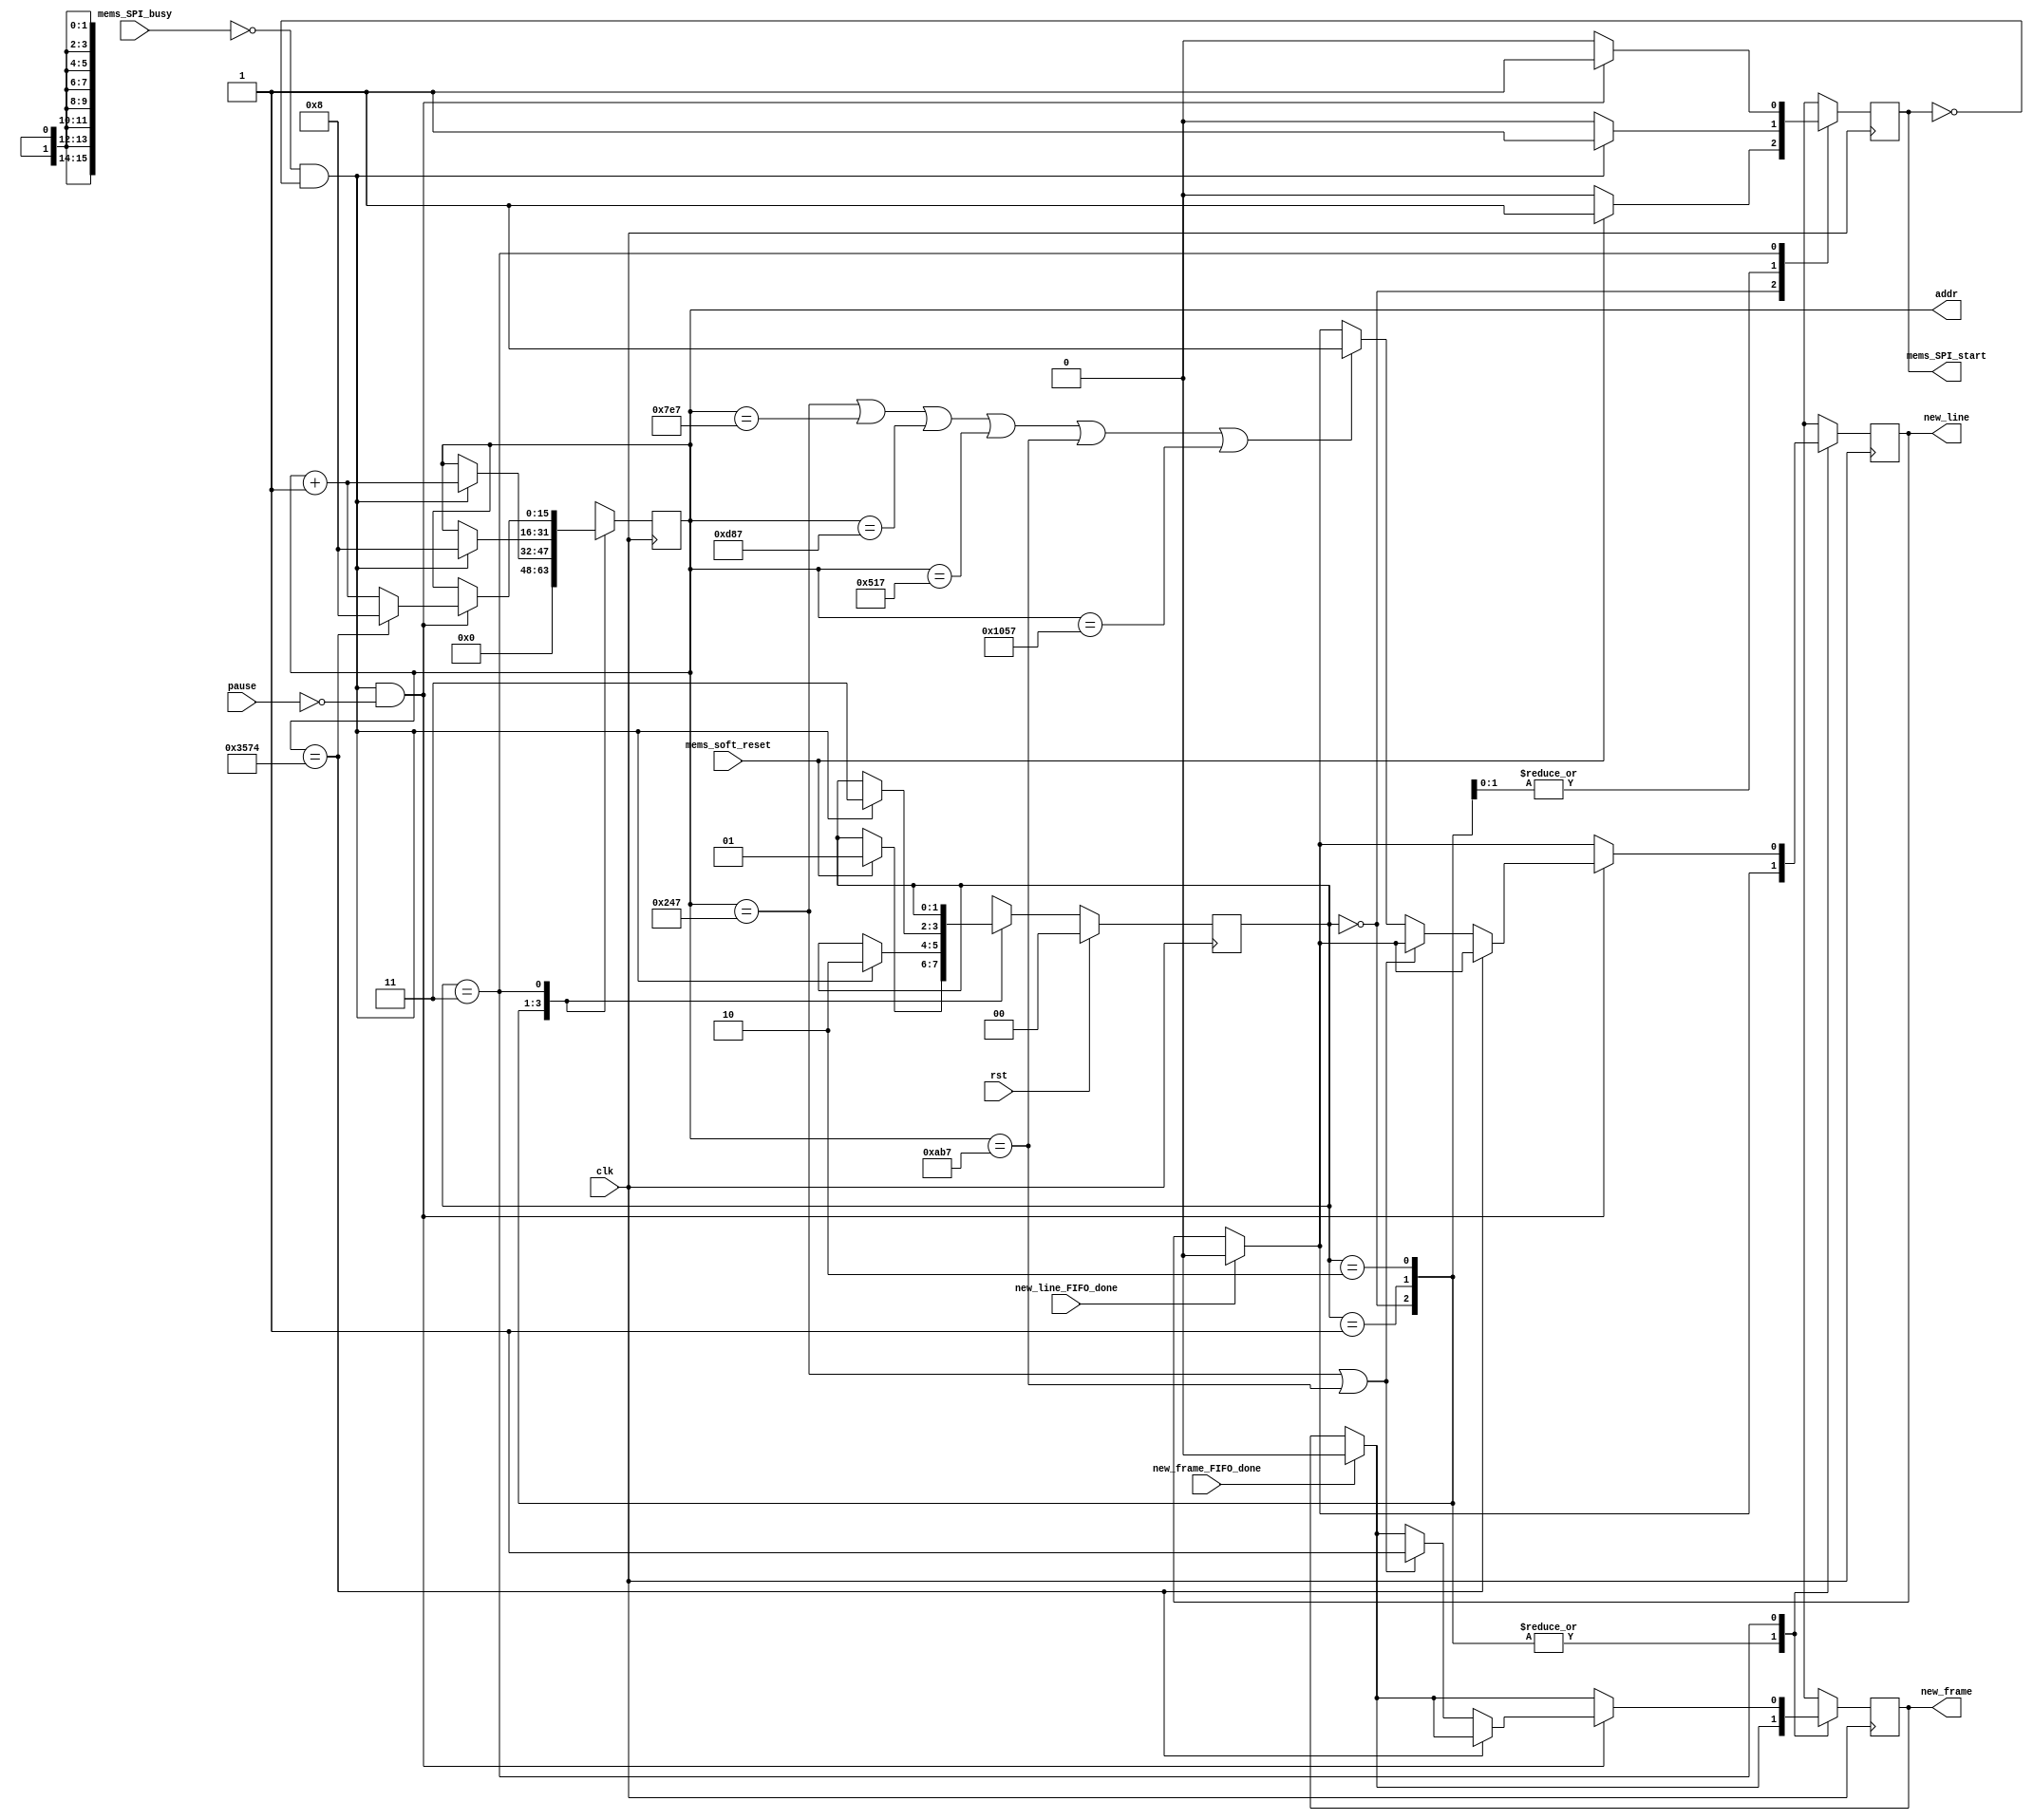
module mems_control_6 (
    // INPUT
    input clk,
    input rst,
    input pause,
    input mems_SPI_busy,
    input mems_soft_reset,
    input new_line_FIFO_done,
    input new_frame_FIFO_done,

    // OUTPUT
    output mems_SPI_start,
    output new_line,
    output new_frame,
    output [15:0] addr
  );
  
  reg new_line_d, new_line_q;//=1'b0;
  reg new_frame_d, new_frame_q;//=1'b0;
  
  assign mems_SPI_start=mems_SPI_start_q;

  assign new_line = new_line_q;
  assign new_frame = new_frame_q;

  assign addr = addr_q;
  
  localparam STATE_SIZE = 2;
  localparam IDLE = 2'd0,
    SOFTWARE_RESET = 2'd1,
    VREF_SETUP = 2'd2,
    SET_CHANNEL = 2'd3;
 
  reg [STATE_SIZE-1:0] state_d, state_q;
  reg [15:0] addr_d, addr_q;
  reg mems_SPI_start_d, mems_SPI_start_q; 
  reg play_d, play_q;
  wire rom_scan_is_done;




  always @(*) begin

    if (new_line_FIFO_done==1'b1) begin
      new_line_d=1'b0; // latch here is not fine (if at the same time 2 modules -> problem)
    end else begin
      new_line_d = new_line_q;
    end

    if (new_frame_FIFO_done==1'b1) begin
      new_frame_d=1'b0; // latch here is not fine
    end else begin
      new_frame_d = new_frame_q;
    end

    state_d = state_q; // default values
    addr_d = addr_q;   // needed to prevent latches
    play_d = play_q;

    case (state_q)
      IDLE: begin
        addr_d = 4'b0;
        mems_SPI_start_d=1'b0;
        if (mems_soft_reset==1'b1) begin
          state_d = SOFTWARE_RESET;
          mems_SPI_start_d=1'b1;
        end
      end // IDLE
      SOFTWARE_RESET: begin
        mems_SPI_start_d=1'b0;
        if (!mems_SPI_busy && mems_SPI_start_q == 1'b0) begin 
          addr_d=addr_q+1'b1;
          state_d = VREF_SETUP;
          mems_SPI_start_d = 1'b1;
        end
      end // SOFTWARE_RESET
      VREF_SETUP: begin // we hav problem with DAC, change its ref voltage from external to internal and vice versa -> have to send command for external one all time.
        mems_SPI_start_d=1'b0;
        if (!mems_SPI_busy && mems_SPI_start_q == 1'b0) begin 
          addr_d = 16'd8;//addr_q + 1'b1; // will be 2 in SET_CHANNEL
          state_d = SET_CHANNEL;
          mems_SPI_start_d = 1'b1;
        end
      end // VREF_SETUP
      SET_CHANNEL: begin
                play_d=1'b0;
                mems_SPI_start_d = 1'b0;

                if ((!mems_SPI_busy && mems_SPI_start_q == 1'b0) && pause==1'b0) begin 
                    mems_SPI_start_d = 1'b1;    

                    // begin from the beginning if end reached.         
                    if (addr_q==16'd13684) begin
                         addr_d = 16'd8;  
                    end else begin
                    
if (addr_q == 16'd583 || addr_q==16'd2743) begin


                            new_frame_d = 1'b1;
                        end else 



if (addr_q == 16'd583 || addr_q == 16'd2023 || addr_q == 16'd3463 || addr_q == 16'd1303 || addr_q == 16'd2743 || addr_q==16'd4183) begin


              new_line_d=1'b1;
                end 






                      addr_d = addr_q+1'b1;
                    end // if end is reached





                end // new data
      end // SET_CHANNEL

      default: state_d = IDLE;
    endcase
  end
 



  always @(posedge clk) begin
    if (rst) begin
      state_q <= IDLE;
    end else begin
      state_q <= state_d;
    end
    new_line_q <= new_line_d; 
    new_frame_q <= new_frame_d; 
    mems_SPI_start_q <= mems_SPI_start_d;
    addr_q <= addr_d;
    play_q <= play_d;
  end
 
endmodule